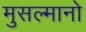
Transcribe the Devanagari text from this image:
मुसल्मानो